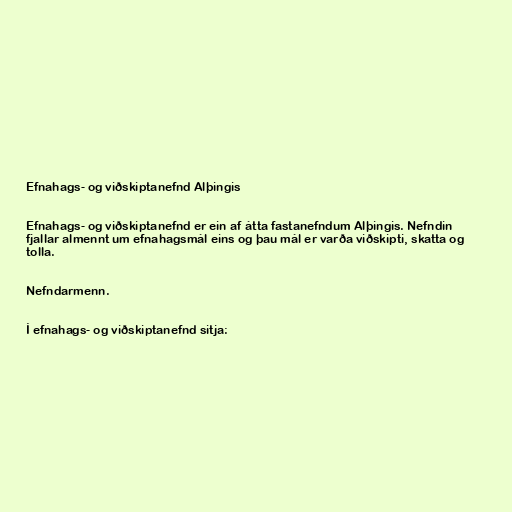
Efnahags- og viðskiptanefnd Alþingis

Efnahags- og viðskiptanefnd er ein af átta fastanefndum Alþingis. Nefndin
fjallar almennt um efnahagsmál eins og þau mál er varða viðskipti, skatta og
tolla.

Nefndarmenn.

Í efnahags- og viðskiptanefnd sitja: